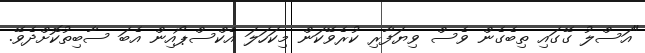
"އަސްލު ގޭގައި ތިބެގެން ވެސް ވިޔަފާރި ކުރެވޭކަން މިކަހަލަ އެކްސްޕޯއިން އެބަ ސާބިތުކޮށްދެވޭ.